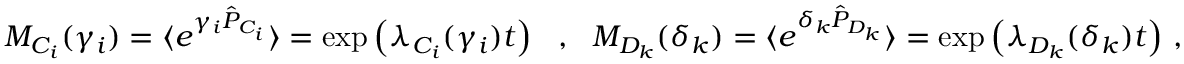
\begin{array} { r } { M _ { C _ { i } } ( \gamma _ { i } ) = \langle e ^ { \gamma _ { i } \hat { P } _ { C _ { i } } } \rangle = \exp \left( \lambda _ { C _ { i } } ( \gamma _ { i } ) t \right) ~ ~ , ~ ~ M _ { D _ { k } } ( \delta _ { k } ) = \langle e ^ { \delta _ { k } \hat { P } _ { D _ { k } } } \rangle = \exp \left( \lambda _ { D _ { k } } ( \delta _ { k } ) t \right) \, , } \end{array}